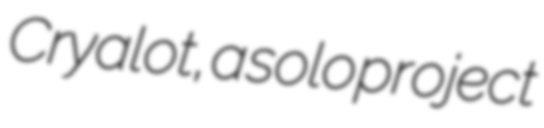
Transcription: Cryalot, a solo project